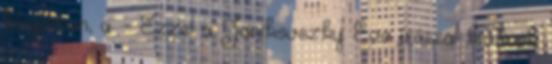
blogomon, a. - Ezzel a Janikovszky Éva írással kívánok